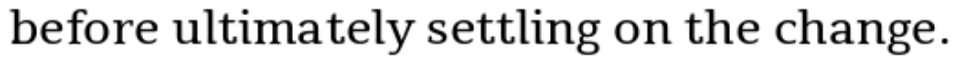
before ultimately settling on the change.